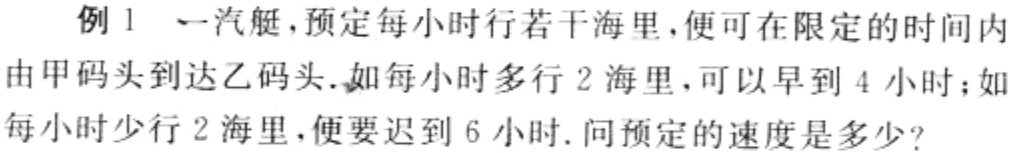
例 1 一汽艇，预定每小时行若干海里，便可在限定的时间内由甲码头到达乙码头.如每小时多行 2 海里，可以早到 4 小时；如每小时少行 2 海里，便要迟到 6 小时. 问预定的速度是多少？